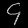
Digit: ၄